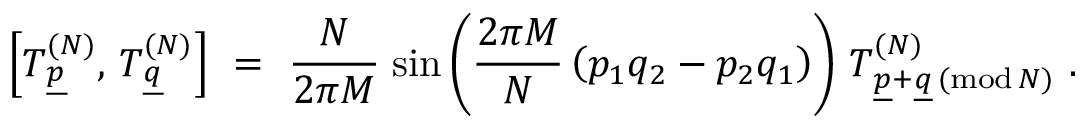
\left[ T _ { \underline { { { p } } } } ^ { ( N ) } , \, T _ { \underline { { { q } } } } ^ { ( N ) } \right] \ = \ \frac { N } { 2 \pi M } \; \mathrm { s i n } \left( \frac { 2 \pi M } { N } \left( p _ { 1 } q _ { 2 } - p _ { 2 } q _ { 1 } \right) \right) \, T _ { \underline { { { p } } } + \underline { { { q } } } \, ( \mathrm { m o d } \, N ) } ^ { ( N ) } \ .